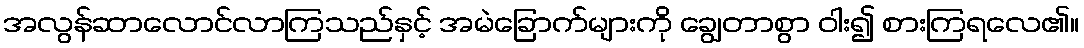
အလွန်ဆာလောင်လာကြသည်နှင့် အမဲခြောက်များကို ချွေတာစွာ ဝါး၍ စားကြရလေ၏။